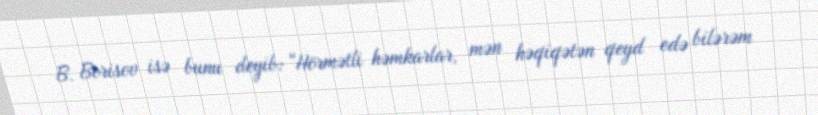
B. Borisov isə bunu deyib: “Hörmətli həmkarlar, mən həqiqətən qeyd edə bilərəm